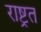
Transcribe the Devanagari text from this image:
राष्ट्रत